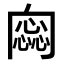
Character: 𠕫